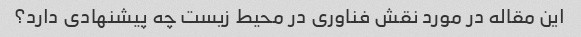
این مقاله در مورد نقش فناوری در محیط زیست چه پیشنهادی دارد؟